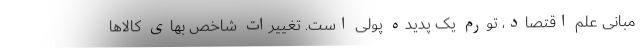
مبانی علم اقتصاد، تورم یک پدیده پولی است. تغییرات شاخص بهای کالاها